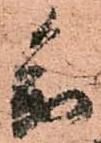
参